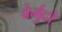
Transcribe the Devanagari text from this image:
वेर्मुदो